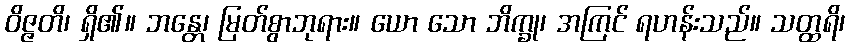
ဝိဇ္ဇတိ၊ ရှိ၏။ ဘန္တေ၊ မြတ်စွာဘုရား။ ယော သော ဘိက္ခု၊ အကြင် ရဟန်းသည်။ သတ္ထရိ၊